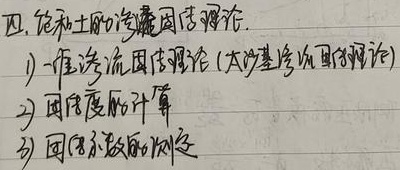
四、饱和土的渗流固结理论
1) 一维渗流固结理论（太沙基渗流固结理论）
2) 固结度的计算
3) 固结系数的测定